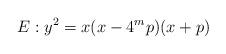
LaTeX: \begin{align*} E : y^{2} = x(x-4^{m}p)(x+p)\end{align*}